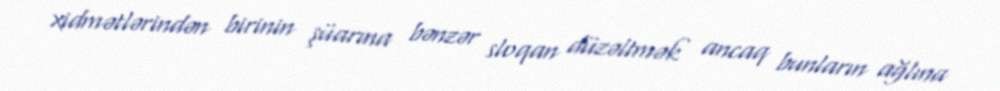
xidmətlərindən birinin şüarına bənzər sloqan düzəltmək ancaq bunların ağlına